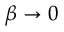
\beta \rightarrow 0